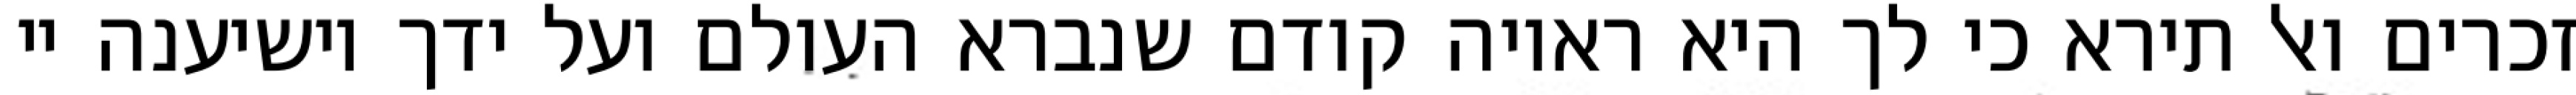
זכרים ואל תירא כי לך היא ראויה קודם שנברא העולם ועל ידך יושיענה יי